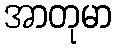
အာတုမာ